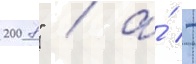
2008" / а́ -